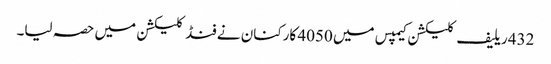
432 ریلیف کلیکشن کیمپس میں 4050 کارکنان نے فنڈ کلیکشن میں حصہ لیا۔